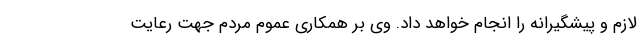
لازم و پیشگیرانه را انجام خواهد داد. وی بر همکاری عموم مردم جهت رعایت